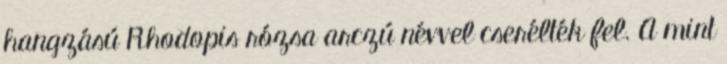
hangzású Rhodopis rózsa arczú névvel cserélték fel. A mint